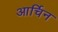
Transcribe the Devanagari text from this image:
आर्चिन